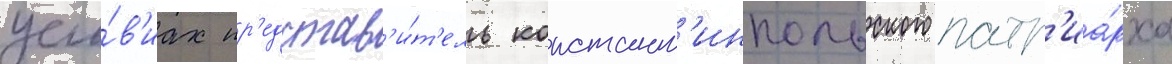
усло́в'иах пр'едстав'и́т'ель констант'инпольского патр'иа́рха